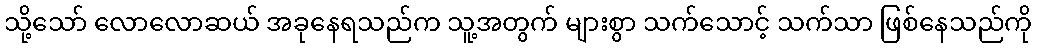
သို့သော် လောလောဆယ် အခုနေရသည်က သူ့အတွက် များစွာ သက်သောင့် သက်သာ ဖြစ်နေသည်ကို